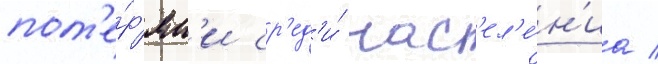
пот'е́р'ям'и ср'ед'и́ нас'ел'е́н'иа /